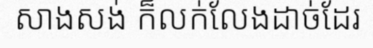
សាងសង់ ក៏លក់លែងដាច់ដែរ